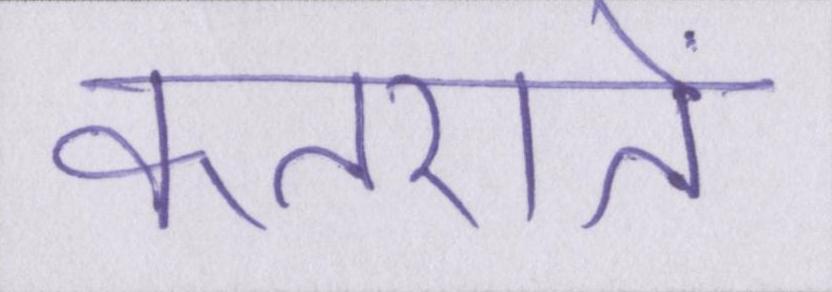
कतराते